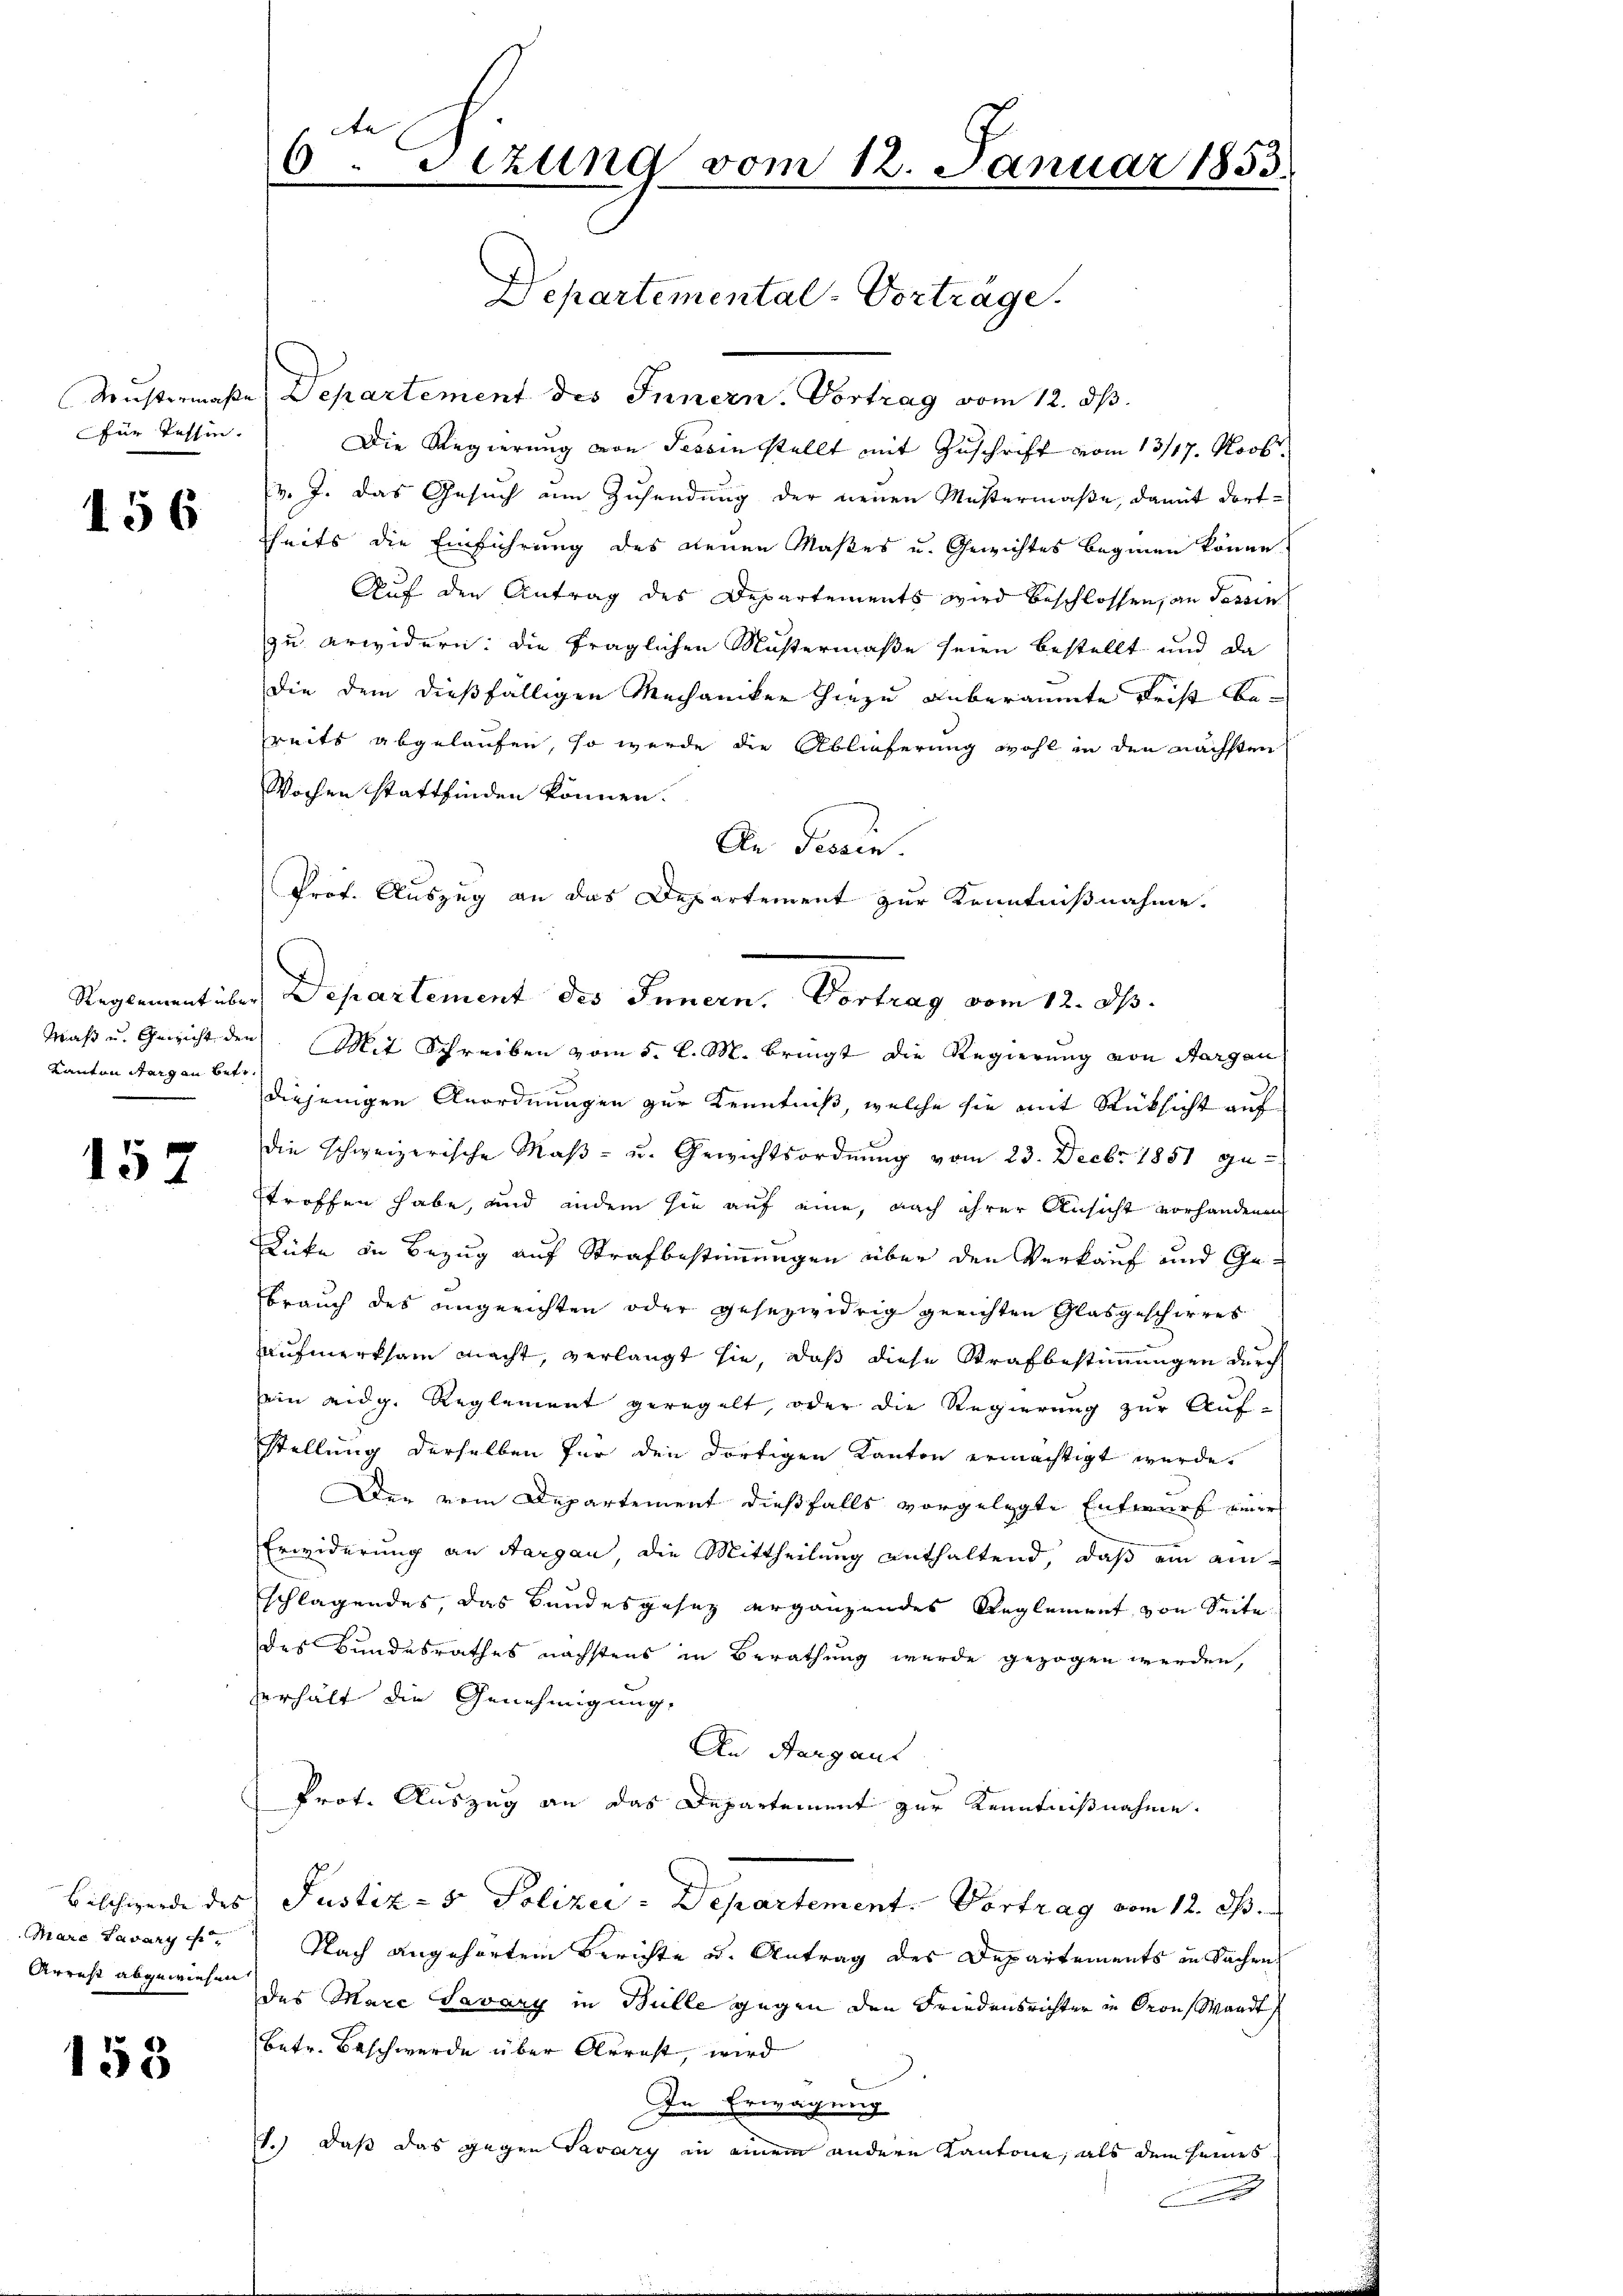
für Tessin.

156

Reglement über
Kanton Sarg an betr.

157

Bilchwerde des |
Mare Lavary
Arrest abgewiesen

153

f
6. Sizung vom 12. Januar 1853.
Departemental-Vortrage.

Mustermaße Departement des Innern. Vortrag vom 12. ds.
Die Regierung von Tessin stellt mit Zuschrift vom 13/17. Novb.
v. J. das Gesuch um Zusendung der neuen Mustermaße, damit dortheits die Einführung des neuen Maßes u. Gewichtes beginen könne.
Auf den Antrag des Departements wird beschlossen, an Tessin
zu erwidern: die fraglichen Mustermaße seien bestellt und da
die dem dießfälligen Mechaniker hiezu anberaumte Frist Bereits abgelaufen, so werde die Ablieferung wohl in den nächsten
Wochen stattfinden können.
An Tessin.
Prof. Auszug an das Departement zur Kenntnißnahme.
Maß u. Gewicht den. Mit Schreiben vom 5. l. M. Bringt die Regierung von Aargau
diejenigen Anordnungen zur Kenntniß, welche sie mit Rücksicht auf
die schweizerische Maß- u. Gewichtsordnung vom 23. Decbr. 1851 ge-
stroffen habe, und andern sie auf eine, nach ihrer Ansicht vorhandenen
Dicke in Bezug auf Strafbestimmungen über den Verkauf und Gebrauch des angerichten oder gesezwidrig gerichten Glasgeschirres
aufmerksam macht, verlangt sie, daß diese Strafbestimmungen durch
in eidg. Reglement geregelt, oder die Regierung zur Auf¬
Stellung derselben für den dortigen Kanton ermächtigt wurde.
Den vom Departement dießfalls vorgelegte Entwurf einer
Erwiderung an Aargau, die Mittheilung enthaltend, daß ein an-
schlagendes, das Bundesgesez ergänzendes Reglement von Seite
des Bundesrathes nächstens in Berathung wurde gezogen werden,
verhält die Genehmigung.
An Aargaus
Prot. Auszug an das Departement zur Kenntnißnahme.
Justiz- & Polizei - Departement. Vortrag vom 12. ds.
Nach angehörtem Berichte u. Antrag des Departements in Sachen
des Marc Savary in Bulle gegen den Friedensrichter in Cron Waadt
betr. Beschwerde über Arrest, wird
In Erwägung
1.) Daß das gegen Savary in einem andere Kantone, als dem seines
d

Departement des Innern, Vortrag vom 12. ds.